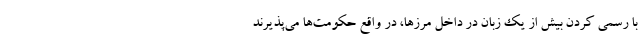
با رسمی کردن بیش از یک زبان در داخل مرزها، در واقع حکومت‌ها می‌پذیرند